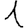
Digit: 1